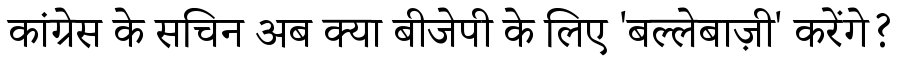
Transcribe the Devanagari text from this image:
कांग्रेस के सचिन अब क्या बीजेपी के लिए 'बल्लेबाज़ी' करेंगे?